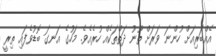
އެއްބަރިއަށް ހުންނަ ވަަރަށް ތޫނު ދަތްތަކެއް ހުރެއެވެ. މަހުގެ އަނގަ ބޮޑުވެފައި ތިރީ